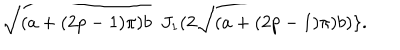
\sqrt { ( a + ( 2 p - 1 ) \pi ) b } \ \ J _ { 1 } ( 2 \sqrt { ( a + ( 2 p - 1 ) \pi ) b } ) \} .